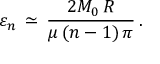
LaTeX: \varepsilon _ { n } \, \simeq \, \frac { 2 M _ { 0 } \, R } { \mu \, ( n - 1 ) \, \pi } \, { . }